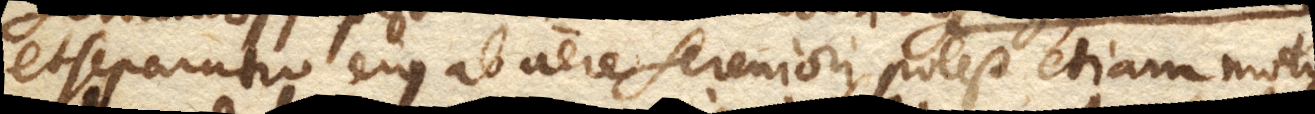
et separatio ejus ab aere sereniori, potest etiam motus